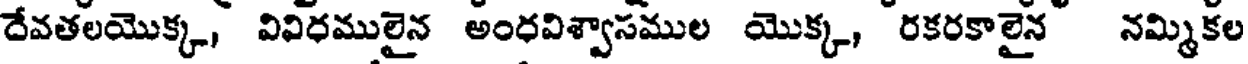
దేవతలయొక్క, వివిధములైన అంధవిశ్వాసముల యొక్క, రకరకాలైన నమ్మికల